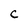
Character: C